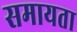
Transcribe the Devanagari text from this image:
समायता